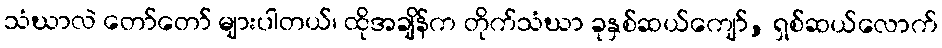
သံဃာလဲ တော်တော် များပါတယ်၊ ထိုအချိန်က တိုက်သံဃာ ခုနှစ်ဆယ်ကျော်, ရှစ်ဆယ်လောက်